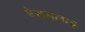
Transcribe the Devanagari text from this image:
बेसनलाडू